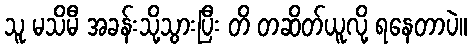
သူ မသိမီ အခန်းသို့သွားပြီး တိ တဆိတ်ယူလို့ ရနေတာပဲ။